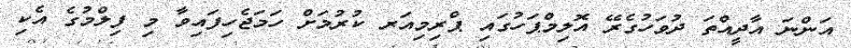
އަންނަ އާދީއްތަ ދުވަހުގެރޭ އޮލިމްޕަހުގައި ޕްރިމިއަރ ކުރުމަށް ހަމަޖެހިފައިވާ މި ފިލްމުގެ އެކި